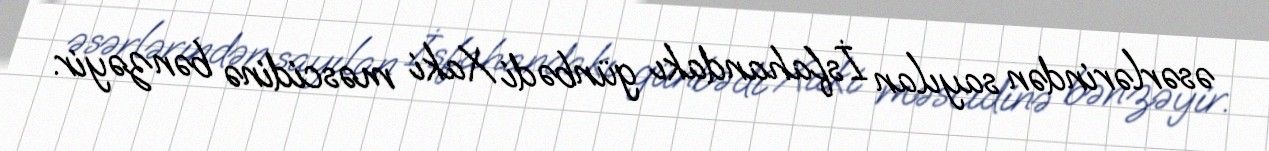
əsərlərindən sayılan İsfahandakı günbədi Xaki məscidinə bənzəyir.